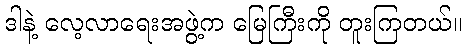
ဒါနဲ့ လေ့လာရေးအဖွဲ့က မြေကြီးကို တူးကြတယ်။